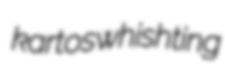
kartos whishting